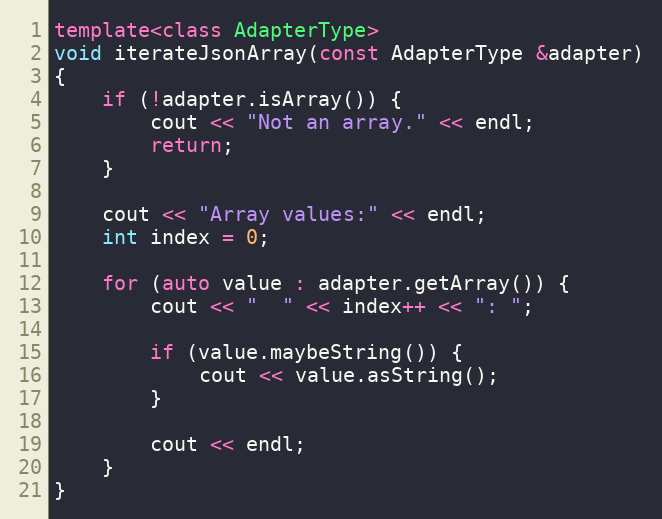
Language: C++
template<class AdapterType>
void iterateJsonArray(const AdapterType &adapter)
{
    if (!adapter.isArray()) {
        cout << "Not an array." << endl;
        return;
    }

    cout << "Array values:" << endl;
    int index = 0;

    for (auto value : adapter.getArray()) {
        cout << "  " << index++ << ": ";

        if (value.maybeString()) {
            cout << value.asString();
        }

        cout << endl;
    }
}